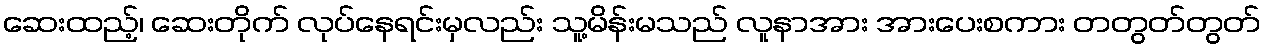
ဆေးထည့်၊ ဆေးတိုက် လုပ်နေရင်းမှလည်း သူ့မိန်းမသည် လူနာအား အားပေးစကား တတွတ်တွတ်